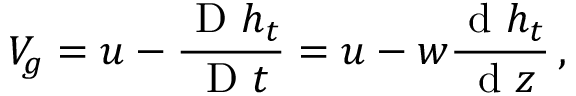
V _ { g } = u - \frac { \textnormal { D } h _ { t } } { \textnormal { D } t } = u - w \frac { \textnormal { d } h _ { t } } { \textnormal { d } z } \, ,